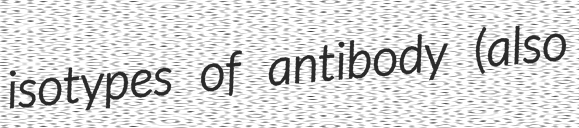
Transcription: isotypes of antibody (also